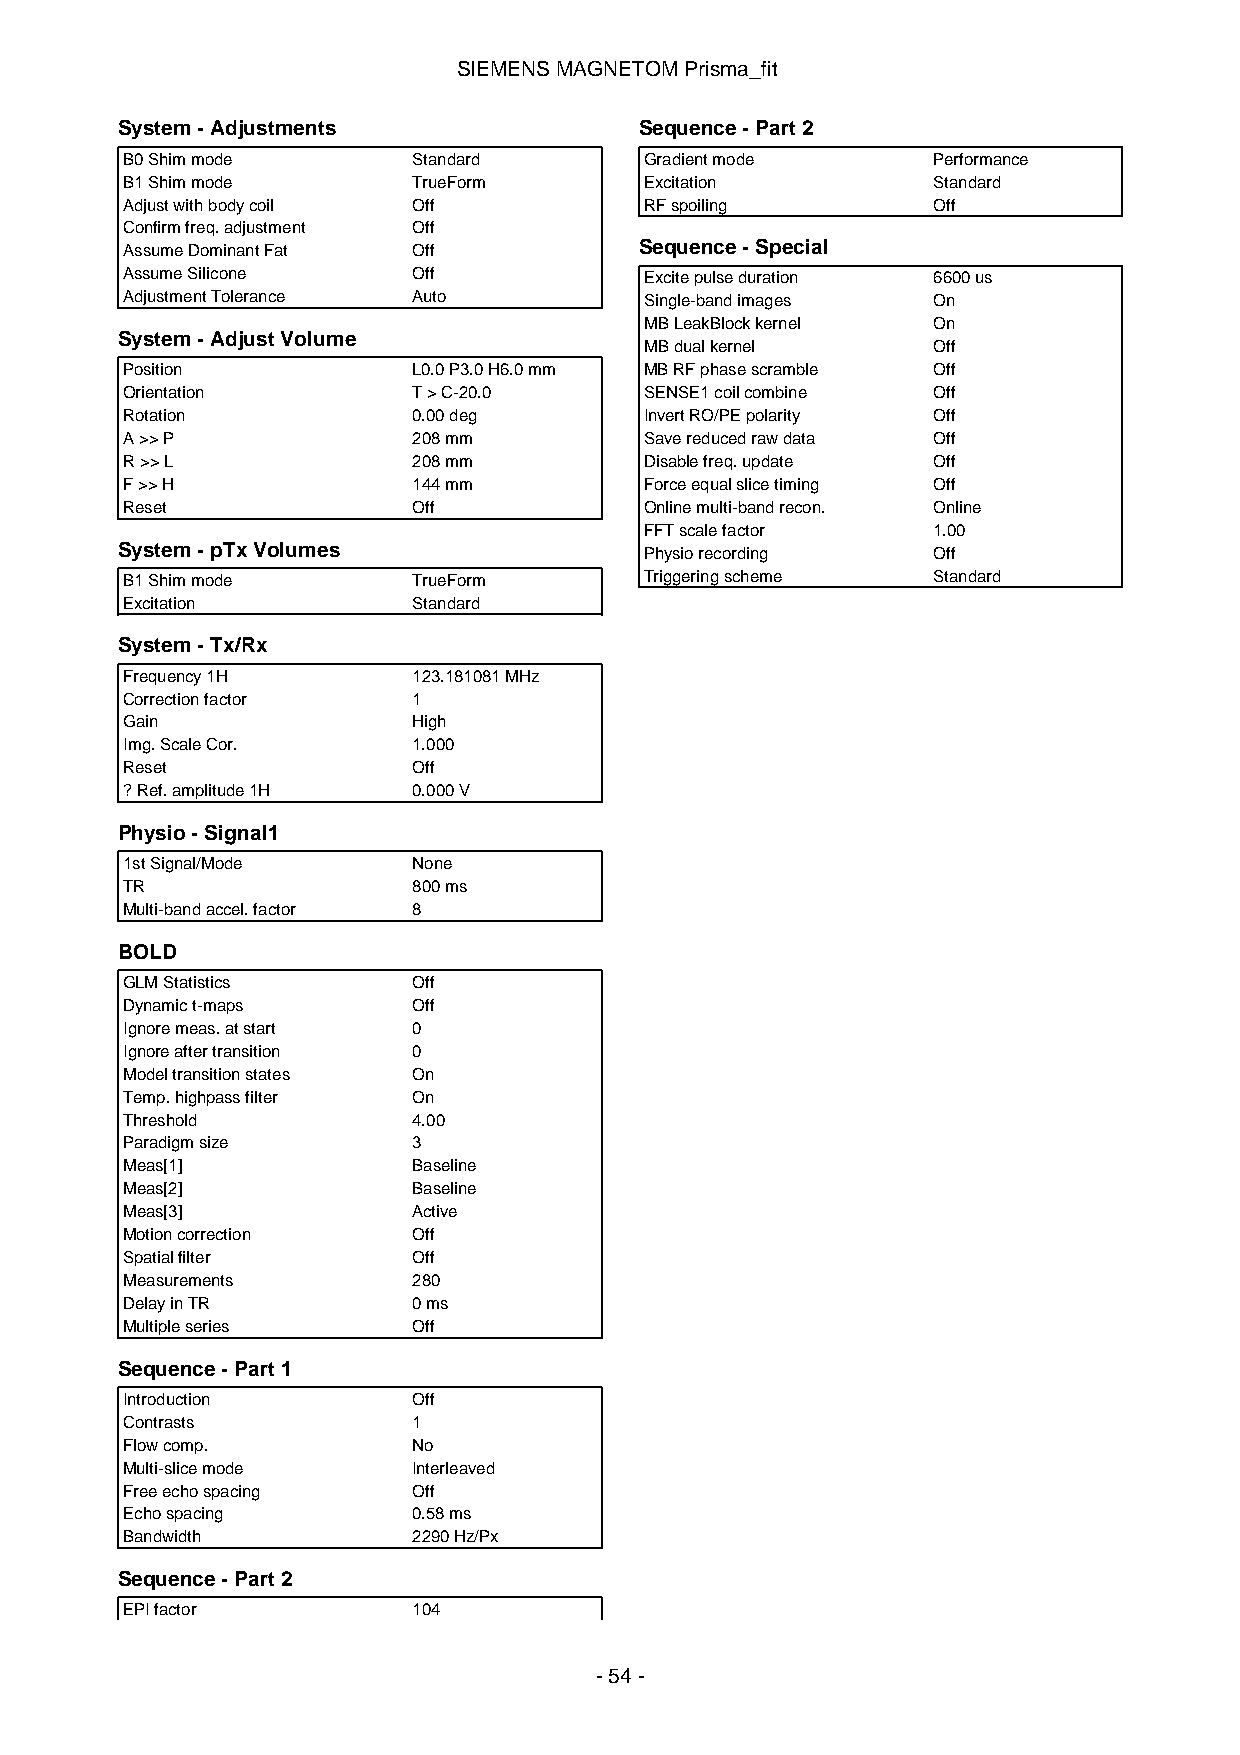
SIEMENSMAGNETOMPrisma_fit
 System-Adjustments                Sequence-Part2
 B0Shimmode         Standard        Gradientmode       Performance
 B1Shimmode         TrueForm        Excitation         Standard
 Adjustwithbodycoil Off             RFspoiling         Off
 Confirmfreq.adjustment Off
 AssumeDominantFat  Off            Sequence-Special
 AssumeSilicone     Off             Excitepulseduration 6600us
 AdjustmentTolerance Auto           Single-bandimages  On
 MBLeakBlockkernel  On
 System-AdjustVolume
 MBdualkernel       Off
 Position           L0.0P3.0H6.0mm  MBRFphasescramble  Off
 Orientation        T>C-20.0        SENSE1coilcombine  Off
 Rotation           0.00deg         InvertRO/PEpolarity Off
 A>>P               208mm           Savereducedrawdata Off
 R>>L               208mm           Disablefreq.update Off
 F>>H               144mm           Forceequalslicetiming Off
 Reset              Off             Onlinemulti-bandrecon. Online
 FFTscalefactor     1.00
 System-pTxVolumes                  Physiorecording    Off
 B1Shimmode         TrueForm        Triggeringscheme   Standard
 Excitation         Standard
 System-Tx/Rx
 Frequency1H        123.181081MHz
 Correctionfactor   1
 Gain               High
 Img.ScaleCor.      1.000
 Reset              Off
 ?Ref.amplitude1H   0.000V
 Physio-Signal1
 1stSignal/Mode     None
 TR                 800ms
 Multi-bandaccel.factor 8
 BOLD
 GLMStatistics      Off
 Dynamict-maps      Off
 Ignoremeas.atstart 0
 Ignoreaftertransition 0
 Modeltransitionstates On
 Temp.highpassfilter On
 Threshold          4.00
 Paradigmsize       3
 Meas[1]            Baseline
 Meas[2]            Baseline
 Meas[3]            Active
 Motioncorrection   Off
 Spatialfilter      Off
 Measurements       280
 DelayinTR          0ms
 Multipleseries     Off
 Sequence-Part1
 Introduction       Off
 Contrasts          1
 Flowcomp.          No
 Multi-slicemode    Interleaved
 Freeechospacing    Off
 Echospacing        0.58ms
 Bandwidth          2290Hz/Px
 Sequence-Part2
 EPIfactor          104
 -54-